Bréfritari: Vigfús Pétursson
Viðtakandi: Halldór Jónsson
Dagsetning: A-1866-06-13
Skrifað á: Háreksstöðum  N-Múl.

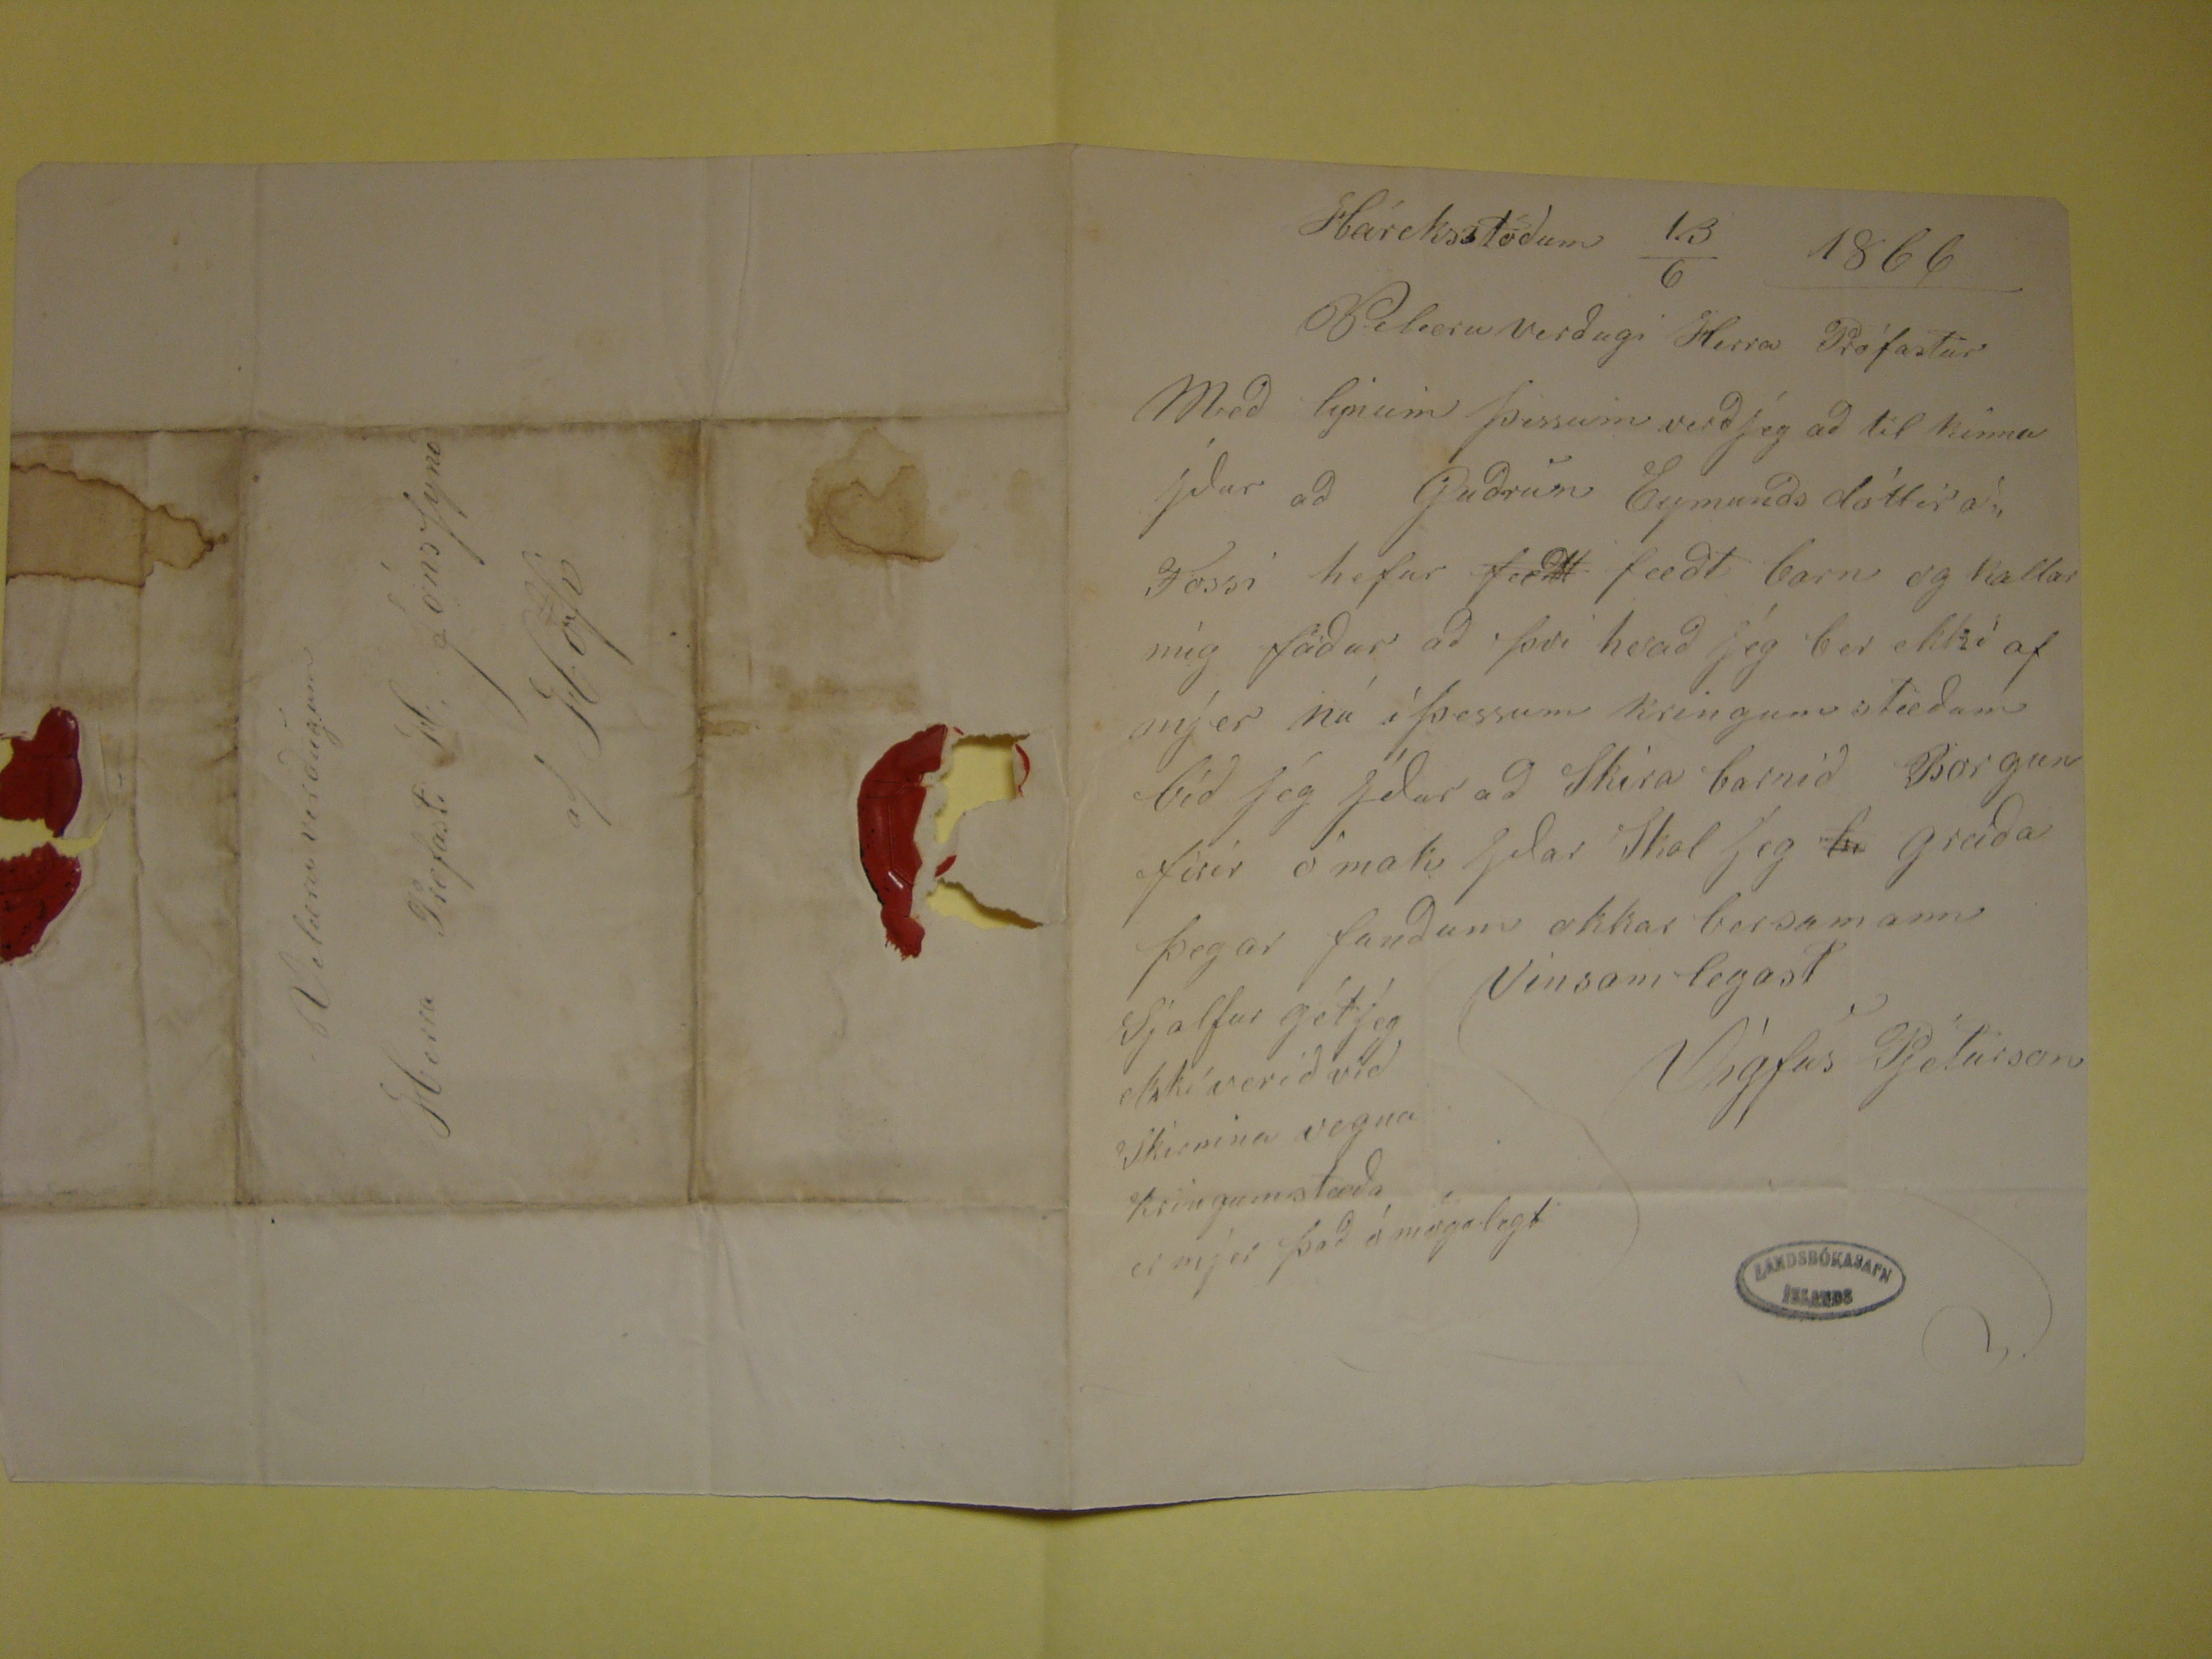

Háreksstöðum 13/6
1866
Velæruverðugi Herra Prófastur
Með lynum þessum verð jeg að til kinna yður að Guðrún Eymunds dóttir að Fossi hefur
fæðt
fæðt barn og
kallar mig föður að því hvað jeg ber ekki af mjer nú í þessum kringum stæðum bíð jeg yður að Skíra barnið Borgun fyrir ó mak yðar Skal jeg
rend="overstrike">bi
greiða þegar fundum okkar ber samann Sjálfur gét jeg ekki verið við Skírnina vegna kringumstæða er mjer það ó mögulegt
Vinsamlegast
Vígfús Pjetursson
Velæruverðugum
Herra Profasti H. JónsSyni
af Hofi